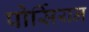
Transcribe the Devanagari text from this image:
पोर्सियन